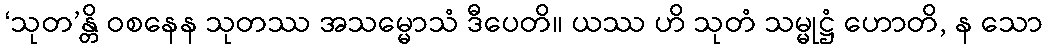
‘သုတ’န္တိ ဝစနေန သုတဿ အသမ္မောသံ ဒီပေတိ။ ယဿ ဟိ သုတံ သမ္မုဋ္ဌံ ဟောတိ, န သော